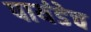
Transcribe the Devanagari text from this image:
पायंडेच